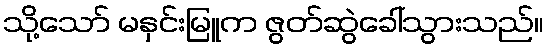
သို့သော် မနှင်းမြူက ဇွတ်ဆွဲခေါ်သွားသည်။